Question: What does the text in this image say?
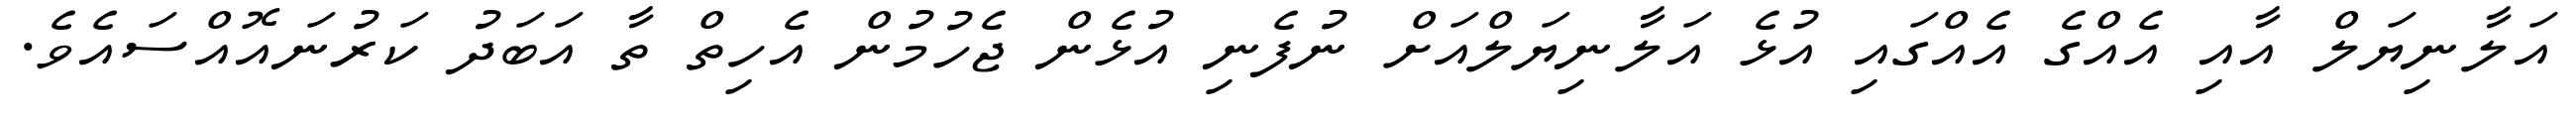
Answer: އަލާނިޔަލް އާއި އެއްގެ އެއްގައި އުޅެ އަލާނިޔަލްއަށް ނުފެނި އުޅެން ޖެހުމުން އެހިތް ތާ އަބަދު ކަރުނައޮއްސައެވެ.